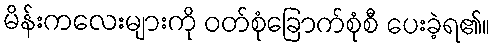
မိန်းကလေးများကို ဝတ်စုံခြောက်စုံစီ ပေးခဲ့ရ၏။